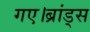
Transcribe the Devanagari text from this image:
गए।ब्रांड्स